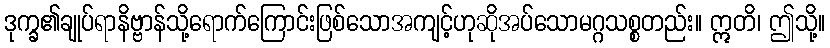
ဒုက္ခ၏ချုပ်ရာနိဗ္ဗာန်သို့ရောက်ကြောင်းဖြစ်သောအကျင့်ဟုဆိုအပ်သောမဂ္ဂသစ္စတည်း။ ဣတိ၊ ဤသို့။